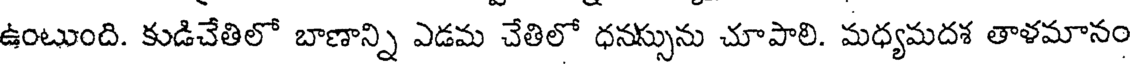
ఉంటుంది. కుడిచేతిలో బాణాన్ని ఎడమ చేతిలో ధనస్సును చూపాలి. మధ్యమదశ తాళమానం